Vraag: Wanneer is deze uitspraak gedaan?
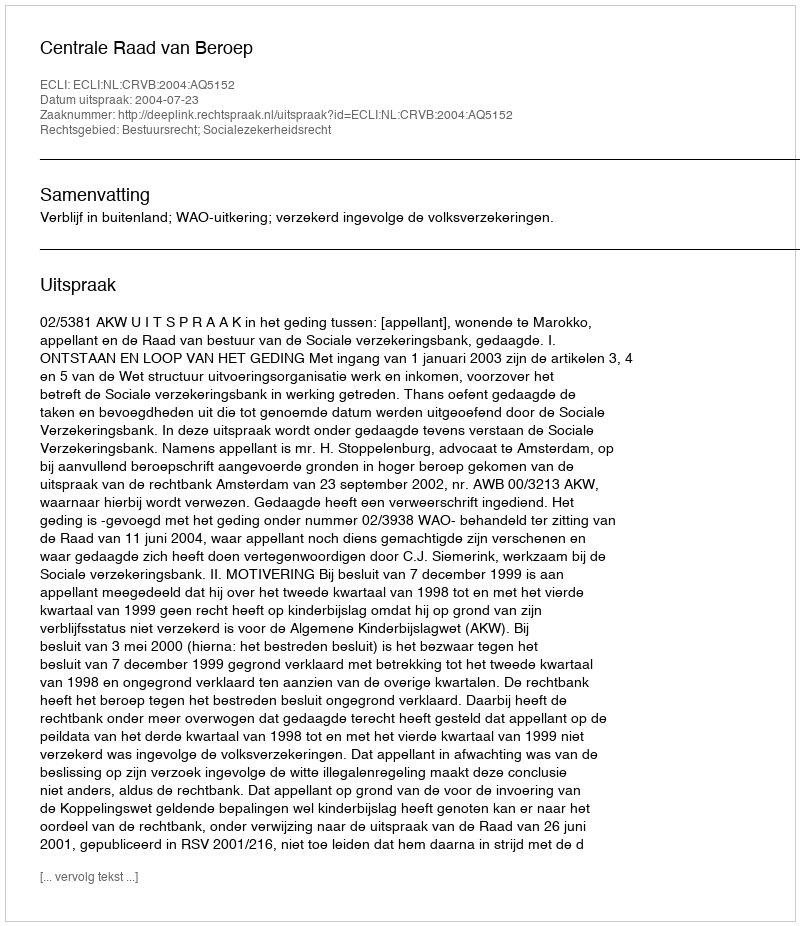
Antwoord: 2004-07-23